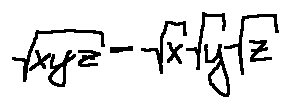
\sqrt { x y z } = \sqrt { x } \sqrt { y } \sqrt { z }